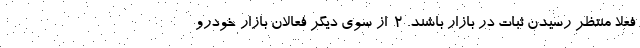
فعلا منتظر رسیدن ثبات در بازار باشند. 2-از سوی دیگر فعالان بازار خودرو